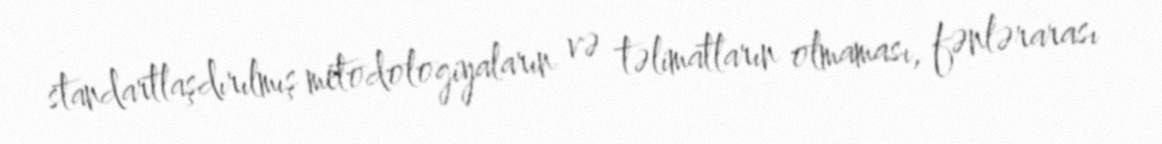
standartlaşdırılmış metodologiyaların və təlimatların olmaması, fənlərarası